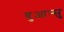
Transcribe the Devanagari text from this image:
बुआन्सु